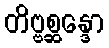
တိဗ္ဗစ္ဆန္ဒော